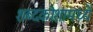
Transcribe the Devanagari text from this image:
शब्दकोशामध्ये